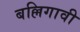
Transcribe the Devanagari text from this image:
बल्लिगावी